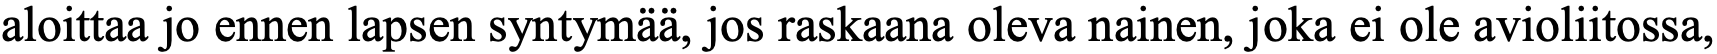
aloittaa jo ennen lapsen syntymää, jos raskaana oleva nainen, joka ei ole avioliitossa,